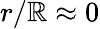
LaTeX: r/\mathbb{R}\approx0